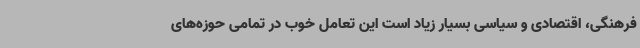
فرهنگی، اقتصادی و سیاسی بسیار زیاد است این تعامل خوب در تمامی حوزه‌های